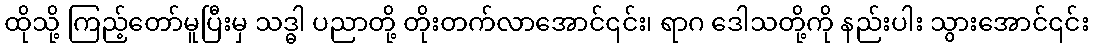
ထိုသို့ ကြည့်တော်မူပြီးမှ သဒ္ဓါ ပညာတို့ တိုးတက်လာအောင်၎င်း၊ ရာဂ ဒေါသတို့ကို နည်းပါး သွားအောင်၎င်း